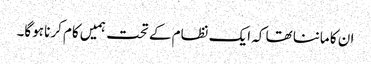
ان کا ماننا تھا کہ ایک نظام کے تحت ہمیں کام کرنا ہوگا۔